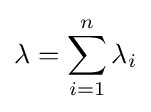
\lambda =\sum _{i=1}^{n}\lambda _{i}